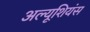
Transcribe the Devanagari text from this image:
अल्यूशियंस